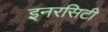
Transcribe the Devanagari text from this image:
इनरसिटी